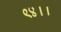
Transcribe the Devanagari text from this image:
९४।।